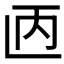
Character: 𫠥